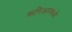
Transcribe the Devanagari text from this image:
करिअरमध्ये